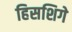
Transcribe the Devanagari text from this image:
हिसशिगे